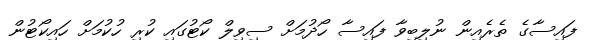
ފައިސާގެ ތެރެއިން ނުލިބިވާ ފައިސާ ހޯދުމަށް ސިވިލް ކޯޓުގައި ކުރި ހުކުމަށް ހައިކޯޓުން